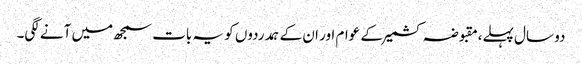
دو سال پہلے،مقبوضہ کشمیر کے عوام اور ان کے ہمدردوں کو یہ بات سمجھ میں آنے لگی۔